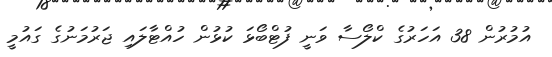
އުމުރުން 38 އަހަރުގެ ކްލޯސާ ވަނީ ފުޓްބޯޅަ ކުޅުން ހުއްޓާލައި ޖަރުމަނުގެ ގައުމީ